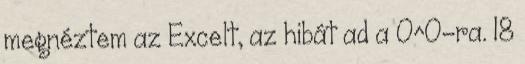
megnéztem az Excelt, az hibát ad a 0^0-ra. 18